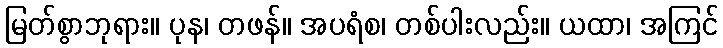
မြတ်စွာဘုရား။ ပုန၊ တဖန်။ အပရံစ၊ တစ်ပါးလည်း။ ယထာ၊ အကြင်